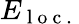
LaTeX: E_{\mathrm{~l~o~c~.~}}